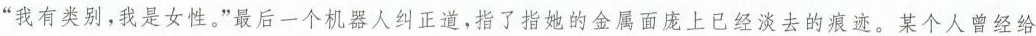
“我有类别，我是女性。”最后一个机器人纠正道，指了指她的金属面庞上已经淡去的痕迹。某个人曾经给